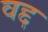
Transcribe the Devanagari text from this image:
वद्द